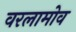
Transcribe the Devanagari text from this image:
वरलामोव